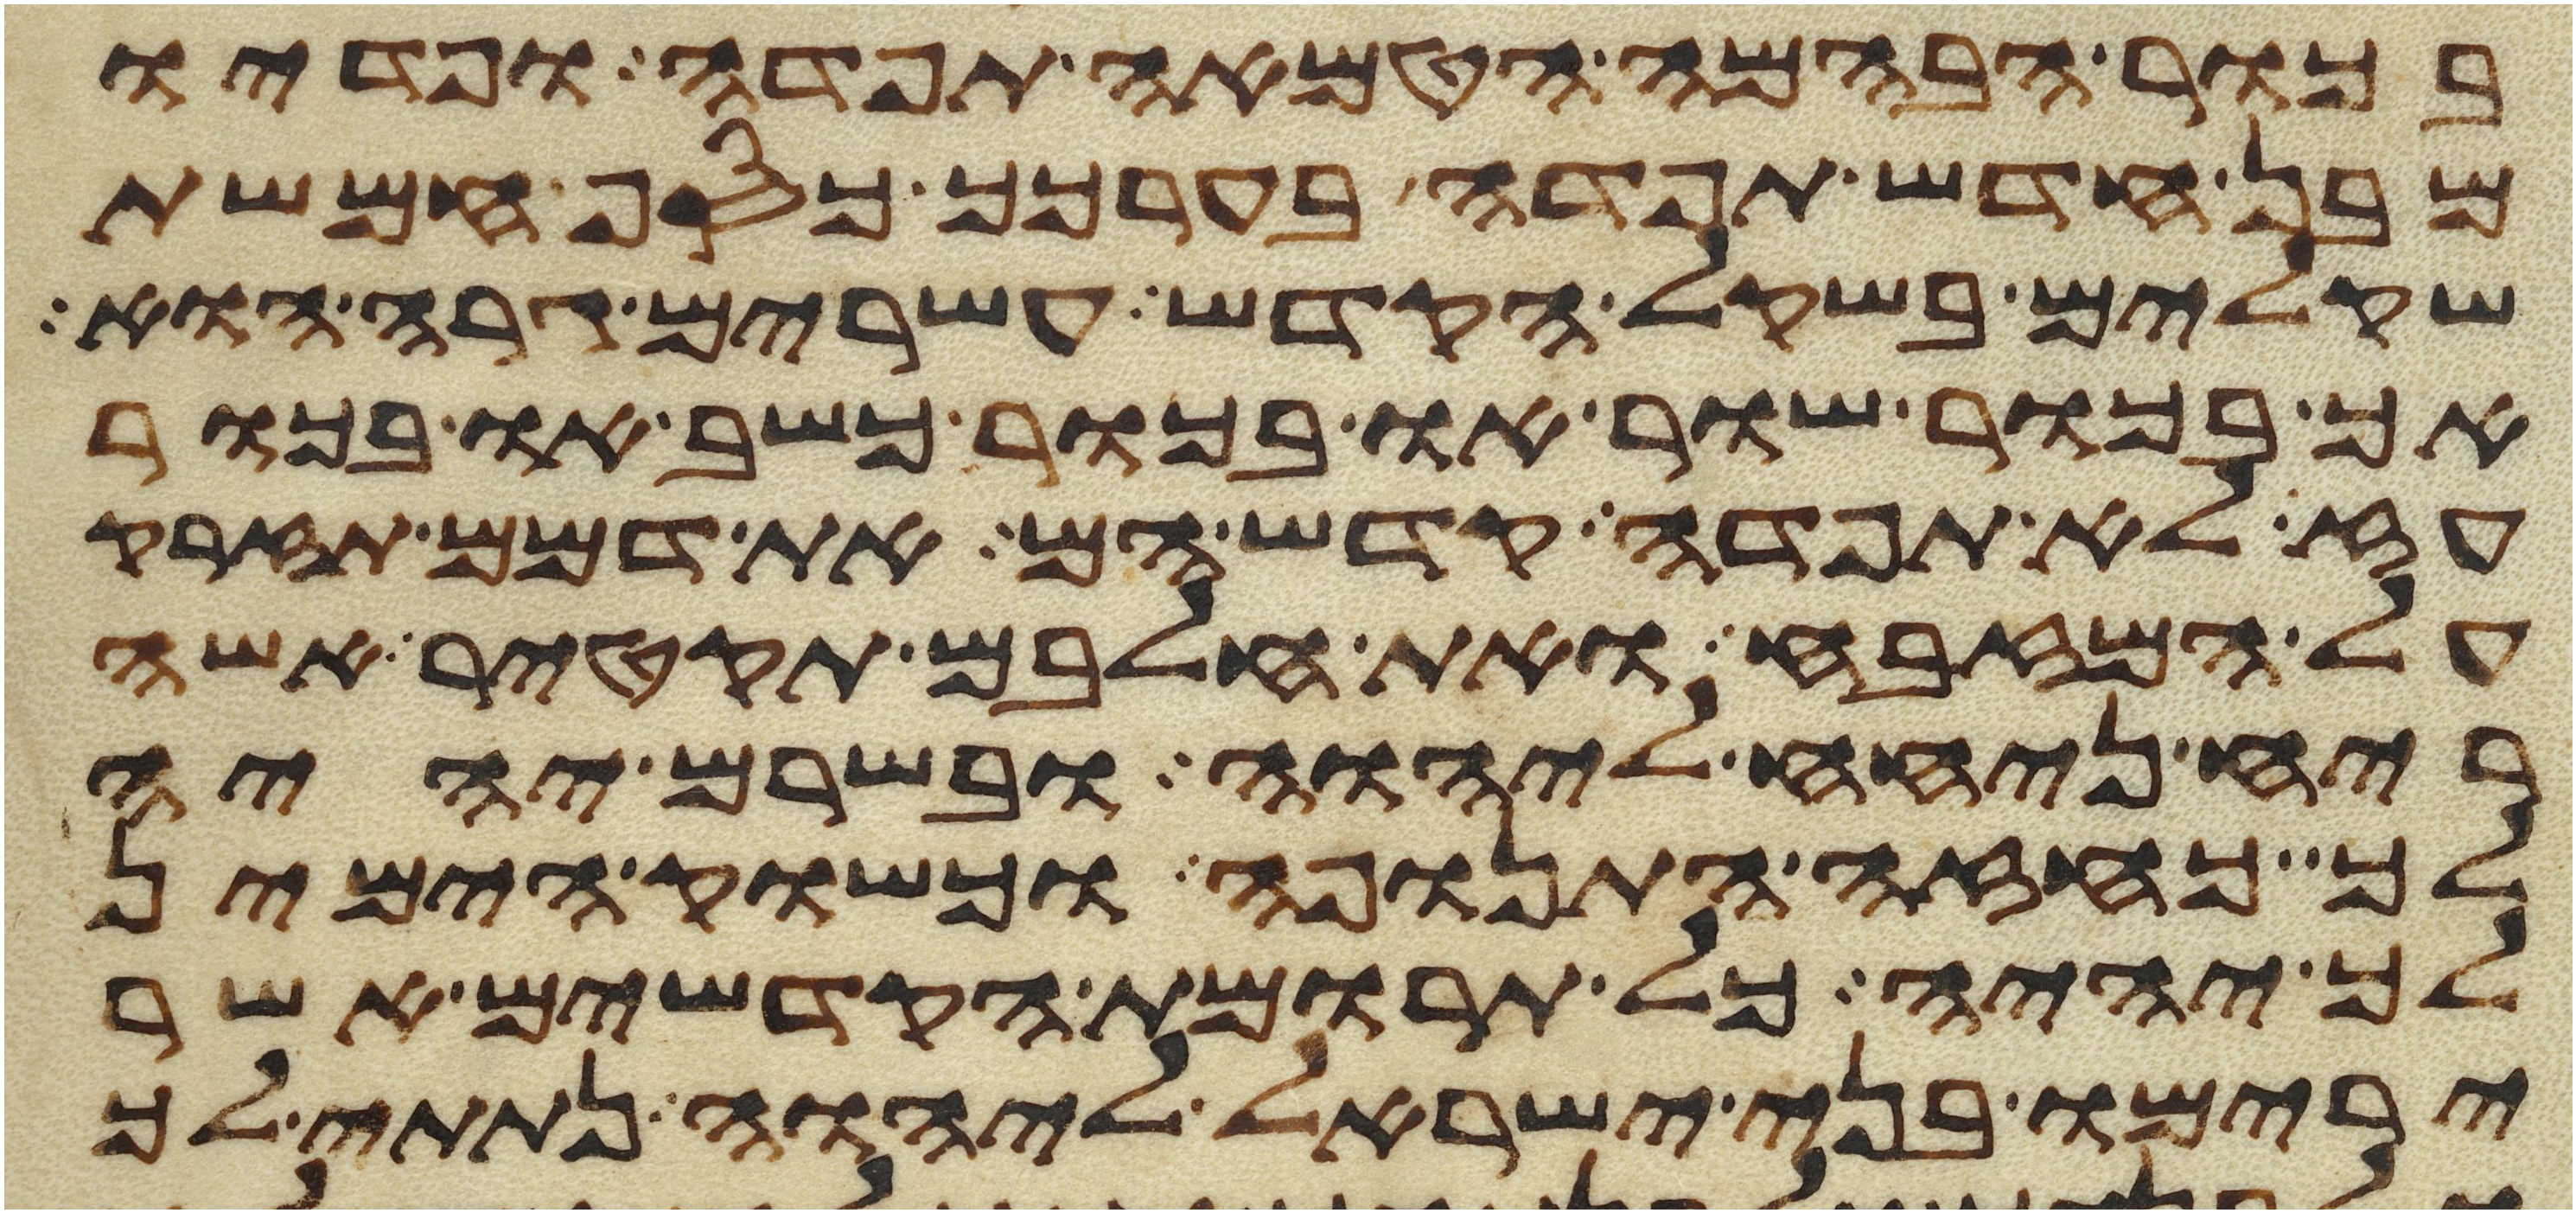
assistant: בכור הבהמה הטמאה תפדה ופדיו
מבן חדש תפדה בערכך כסף חמשת
שקלים בשקל הקדש עשרים גרה הוא
אך בכור שור או בכור כשב או בכור
עז לא תפדה קדש הם את דמם תזרק
על המזבח ואת חלבם תקטיר אשה
ריח ניחח ליהוה ובשרם יהיה
לך כחזה התנופה וכשוק הימין
לך יהיה כל תרומת הקדשים אשר
ירימו בני ישראל ליהוה נתתי לך